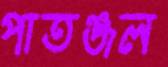
পাতঞ্জল